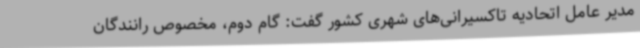
مدیر عامل اتحادیه تاکسیرانی‌های شهری کشور گفت: گام دوم، مخصوص رانندگان